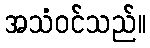
အသံဝင်သည်။